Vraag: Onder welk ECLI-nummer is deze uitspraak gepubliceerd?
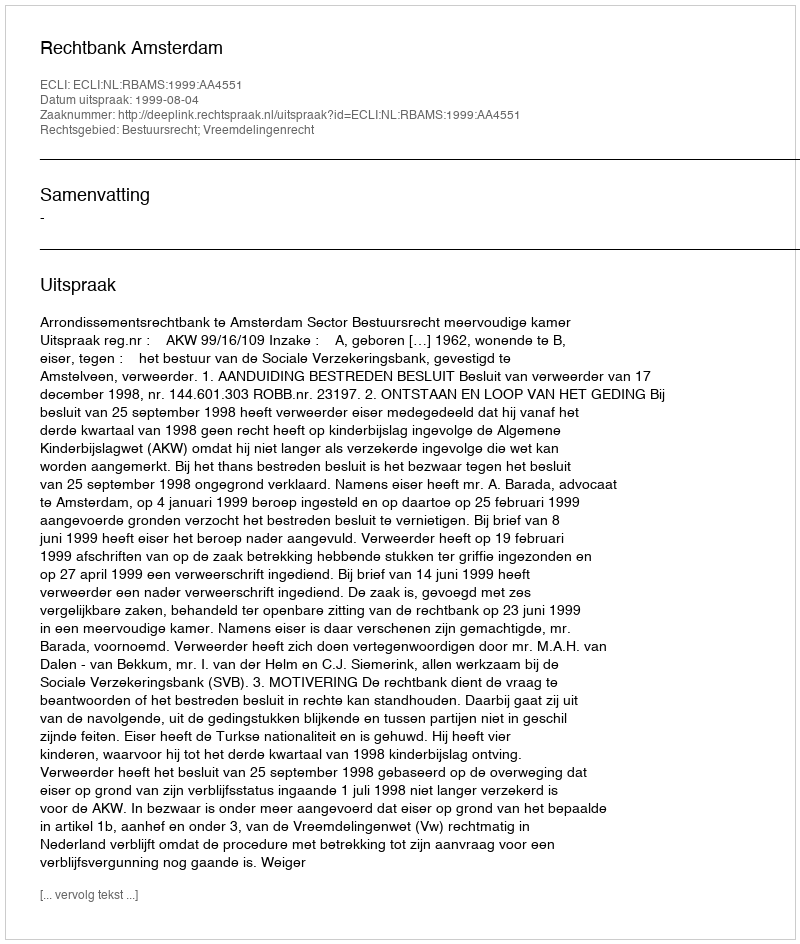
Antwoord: ECLI:NL:RBAMS:1999:AA4551